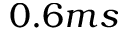
0 . 6 m s